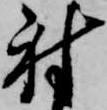
射